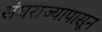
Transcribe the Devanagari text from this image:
संघराज्यापासून